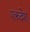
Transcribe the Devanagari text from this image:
एकदेशं